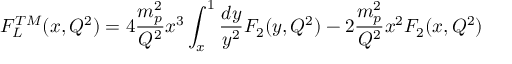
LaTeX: F _ { L } ^ { T M } ( x , Q ^ { 2 } ) = 4 \frac { m _ { p } ^ { 2 } } { Q ^ { 2 } } x ^ { 3 } \int _ { x } ^ { 1 } \frac { d y } { y ^ { 2 } } F _ { 2 } ( y , Q ^ { 2 } ) - 2 \frac { m _ { p } ^ { 2 } } { Q ^ { 2 } } x ^ { 2 } F _ { 2 } ( x , Q ^ { 2 } )